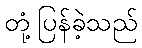
တုံ့ပြန်ခဲ့သည်